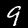
Digit: 9